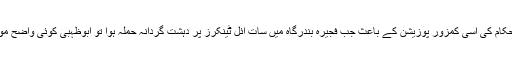
سعودی اور اماراتی حکام کی اسی کمزور پوزیشن کے باعث جب فجیرہ بندرگاہ میں سات آئل ٹینکرز پر دہشت گردانہ حملہ ہوا تو ابوظہبی کوئی واضح موقف اختیار نہ کر پایا۔